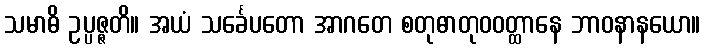
သမာဓိ ဥပ္ပဇ္ဇတိ။ အယံ သင်္ခေပတော အာဂတေ စတုဓာတုဝဝတ္ထာနေ ဘာဝနာနယော။